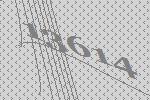
13614